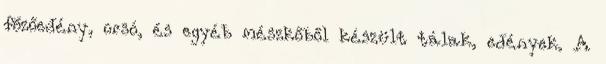
főzőedény, orsó, és egyéb mészkőből készült tálak, edények. A